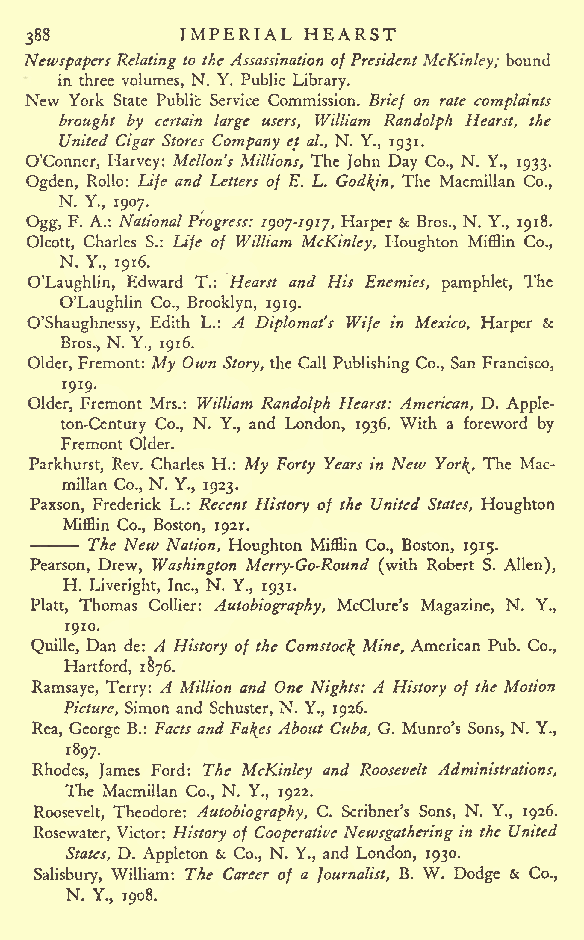
IMPERIAL HEARST
 388
 NewspapersRelatingto theAssassination ofPresidentMcKinley; bound
 in three volumes, N. Y. Public Library.
 New York State Public Service Commission. Brief on rate complaints
 brought by certain large users, William Randolph Hearst, the
 United Cigar Stores Company et al., N. Y., 1931.
 O'Conner, Harvey: Mellon's Millions, The John Day Co., N. Y., 1933.
 Ogden, Rollo: Life and Letters of E. L. Godwin, The Macmillan Co.,
 N. Y., 1907.
 Ogg, F. A.: National Progress: igoj-igij, Harper & Bros., N. Y., 1918.
 Olcott, Charles S.: Life of William McKinley, Houghton Mifflin Co.,
 N. Y., 1916.
 O'Laughlin, Edward T.: Hearst and His Enemies, pamphlet, The
 O'Laughlin Co., Brooklyn, 1919.
 O'Shaughnessy, Edith L.: A Diplomat's Wife in Mexico, Harper &
 Bros,, N. Y., 1916.
 Older, Fremont: My Own Story, the Call Publishing Co., San Francisco,
 1919.
 Older, Fremont Mrs.: William Randolph Hearst: American, D. Apple-
 ton-Century Co., N. Y., and London, 1936. With a foreword by
 Fremont Older.
 Parkhurst, Rev. Charles H.: My Forty Years in New Yor\, The Mac-
 millan Co., N. Y., 1923.
 Paxson, Frederick L.: Recent History of the United States, Houghton
 Mifflin Co., Boston, 1921.
 The New Nation, Houghton Mifflin Co., Boston, 1915.
 Pearson, Drew, Washington Merry-Go-Round (with Robert S. Allen),
 H. Liveright, Inc., N. Y., 1931.
 Platt, Thomas Collier: Autobiography, McClurc's Magazine, N. Y.,
 1910.
 Quille, Dan de: A History of the Comstoc\ Mine, American Pub. Co.,
 Hartford, 1^76.
 Ramsaye, Terry: A Million and One Nights: A History of the Motion
 Picture, Simon and Schuster, N. Y., 1926.
 Rea, George B.: Facts andFafes About Cuba, G. Munro's Sons, N. Y.,
 1897.
 Rhodes, James Ford: The McKinley and Roosevelt Administrations,
 The Macmillan Co., N. Y., 1922.
 Roosevelt, Theodore: Autobiography, C. Scribner's Sons, N. Y., 1926.
 Rosewater, Victor: History of Cooperative News gathering in the United
 States, D. Appleton & Co., N. Y., and London, 1930.
 Salisbury, William: The Career of a Journalist, B. W. Dodge & Co.,
 N. Y., 1908.